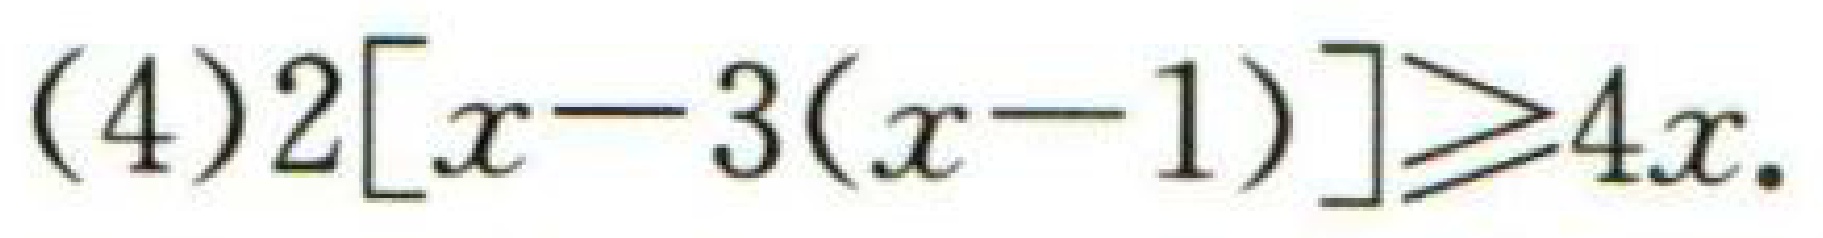
\((4)2[x - 3(x - 1)]\geqslant4x\)